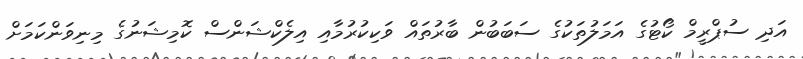
އަދި ސުޕްރީމް ކޯޓުގެ އަމަލުތަކުގެ ސަބަބުން ބާރުތައް ވަކިކުރުމާއި އިލެކްޝަންސް ކޮމިޝަނުގެ މިނިވަންކަމަށް